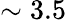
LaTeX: \sim 3.5